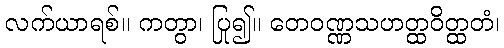
လက်ယာရစ်။ ကတွာ၊ ပြု၍။ တေဝဏ္ဏသဟတ္ထဝိတ္ထတံ၊